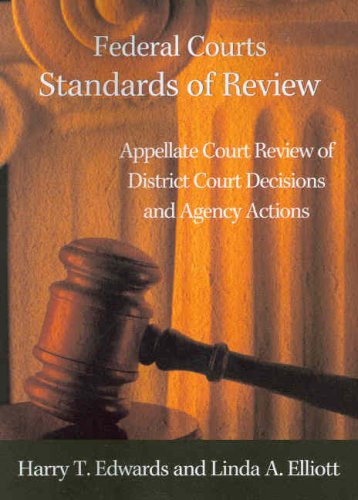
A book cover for Federal Courts - Standards of Review:  Appellate Court Review of District Court Decisions and Agency Actions (American Casebook Series); Harry T. Edwards; Law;